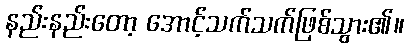
နည်းနည်းတော့ အောင့်သက်သက်ဖြစ်သွား၏။